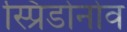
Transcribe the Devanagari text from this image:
स्प्रिडोनोव